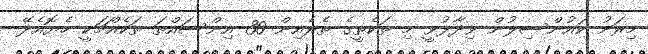
މިރަށު ކައުންސިލުން ވިދާޅުވީ މި ތަކެތީގެ ތެރެއިން 30 އިންސައްތަ ތަކެއްޗަކީ ހެޔޮއެދޭ